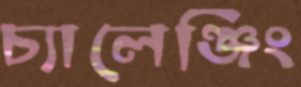
চ্যালেঞ্জিং